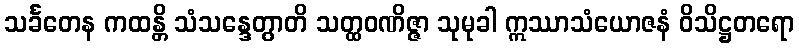
သင်္ခတေန ကထန္တိ သံသန္ဒေတွာတိ သတ္ထဝဏိဇ္ဇာ သုမုခါ ဣဿာသံယောဇနံ ဝိသိဋ္ဌတရော